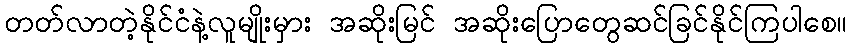
တတ်လာတဲ့နိုင်ငံနဲ့လူမျိုးမှား အဆိုးမြင် အဆိုးပြောတွေဆင်ခြင်နိုင်ကြပါစေ။